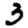
Digit: 3